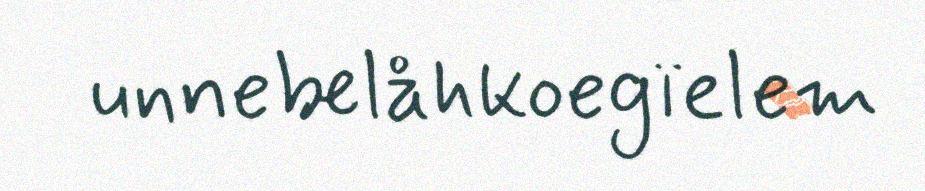
unnebelåhkoegïelem